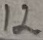
Text: 12